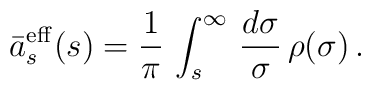
\bar{a}_s^{\rm eff}(s)=\frac{1}{\pi }\,\int_s^\infty\,\frac{d\sigma}{\sigma}\,\rho(\sigma)\, .